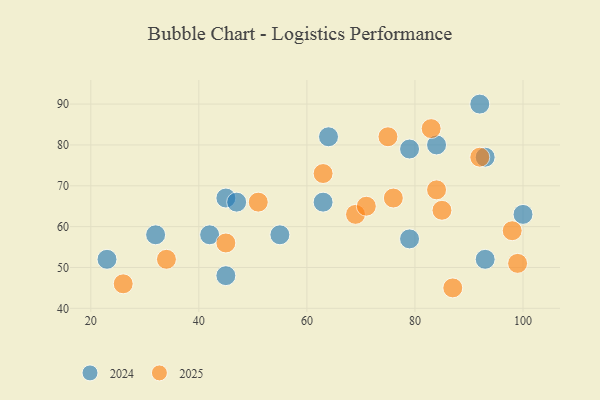
{"axis": {"x": "GDP", "y": "Life Expectancy"}, "legend": ["2024", "2025"], "data": [{"x": "92", "y": 77, "type": "2025"}, {"x": "69", "y": 63, "type": "2025"}, {"x": "85", "y": 64, "type": "2025"}, {"x": "76", "y": 67, "type": "2025"}, {"x": "75", "y": 82, "type": "2025"}, {"x": "45", "y": 56, "type": "2025"}, {"x": "51", "y": 66, "type": "2025"}, {"x": "99", "y": 51, "type": "2025"}, {"x": "71", "y": 65, "type": "2025"}, {"x": "87", "y": 45, "type": "2025"}, {"x": "84", "y": 69, "type": "2025"}, {"x": "26", "y": 46, "type": "2025"}, {"x": "98", "y": 59, "type": "2025"}, {"x": "34", "y": 52, "type": "2025"}, {"x": "83", "y": 84, "type": "2025"}, {"x": "63", "y": 73, "type": "2025"}, {"x": "32", "y": 58, "type": "2024"}, {"x": "55", "y": 58, "type": "2024"}, {"x": "79", "y": 57, "type": "2024"}, {"x": "42", "y": 58, "type": "2024"}, {"x": "64", "y": 82, "type": "2024"}, {"x": "92", "y": 90, "type": "2024"}, {"x": "84", "y": 80, "type": "2024"}, {"x": "45", "y": 48, "type": "2024"}, {"x": "63", "y": 66, "type": "2024"}, {"x": "45", "y": 67, "type": "2024"}, {"x": "79", "y": 79, "type": "2024"}, {"x": "23", "y": 52, "type": "2024"}, {"x": "93", "y": 52, "type": "2024"}, {"x": "93", "y": 77, "type": "2024"}, {"x": "100", "y": 63, "type": "2024"}, {"x": "47", "y": 66, "type": "2024"}]}